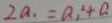
2 a _ { 1 } = a _ { 1 } ^ { 2 } + a